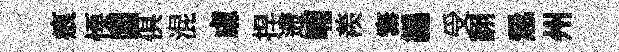
痕慄閶俱混慮捍遰喃羨寨編受翻慤州